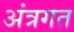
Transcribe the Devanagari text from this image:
अंत्रगत